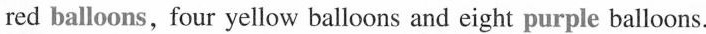
red balloons, four yellow balloons and eight purple balloons.